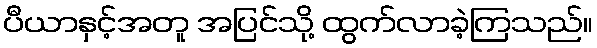
ပီယာနှင့်အတူ အပြင်သို့ ထွက်လာခဲ့ကြသည်။